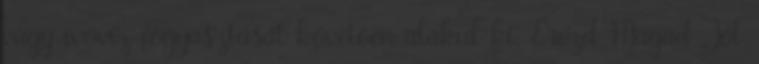
vagy ivóvíz fogyasztását követően alakul ki. Érezd Magad Jól